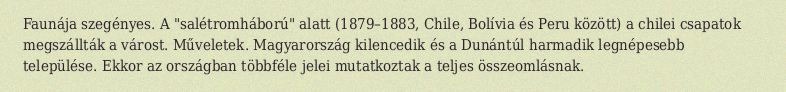
Faunája szegényes. A "salétromháború" alatt (1879–1883, Chile, Bolívia és Peru között) a chilei csapatok megszállták a várost. Műveletek. Magyarország kilencedik és a Dunántúl harmadik legnépesebb települése. Ekkor az országban többféle jelei mutatkoztak a teljes összeomlásnak.